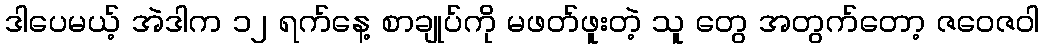
ဒါပေမယ့် အဲဒါက ၁၂ ရက်နေ့ စာချုပ်ကို မဖတ်ဖူးတဲ့ သူ တွေ အတွက်တော့ ဇဝေဇဝါ